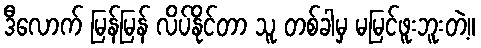
ဒီလောက် မြန်မြန် လိပ်နိုင်တာ သူ တစ်ခါမှ မမြင်ဖူးဘူးတဲ့။